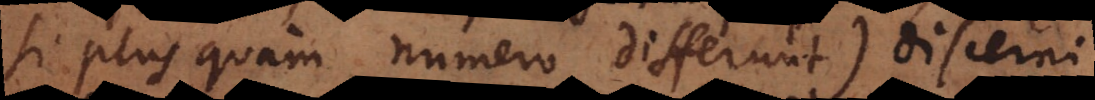
si plus quam numero differunt), discerni